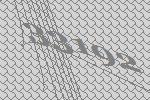
33192